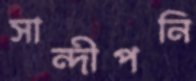
সান্দীপনি